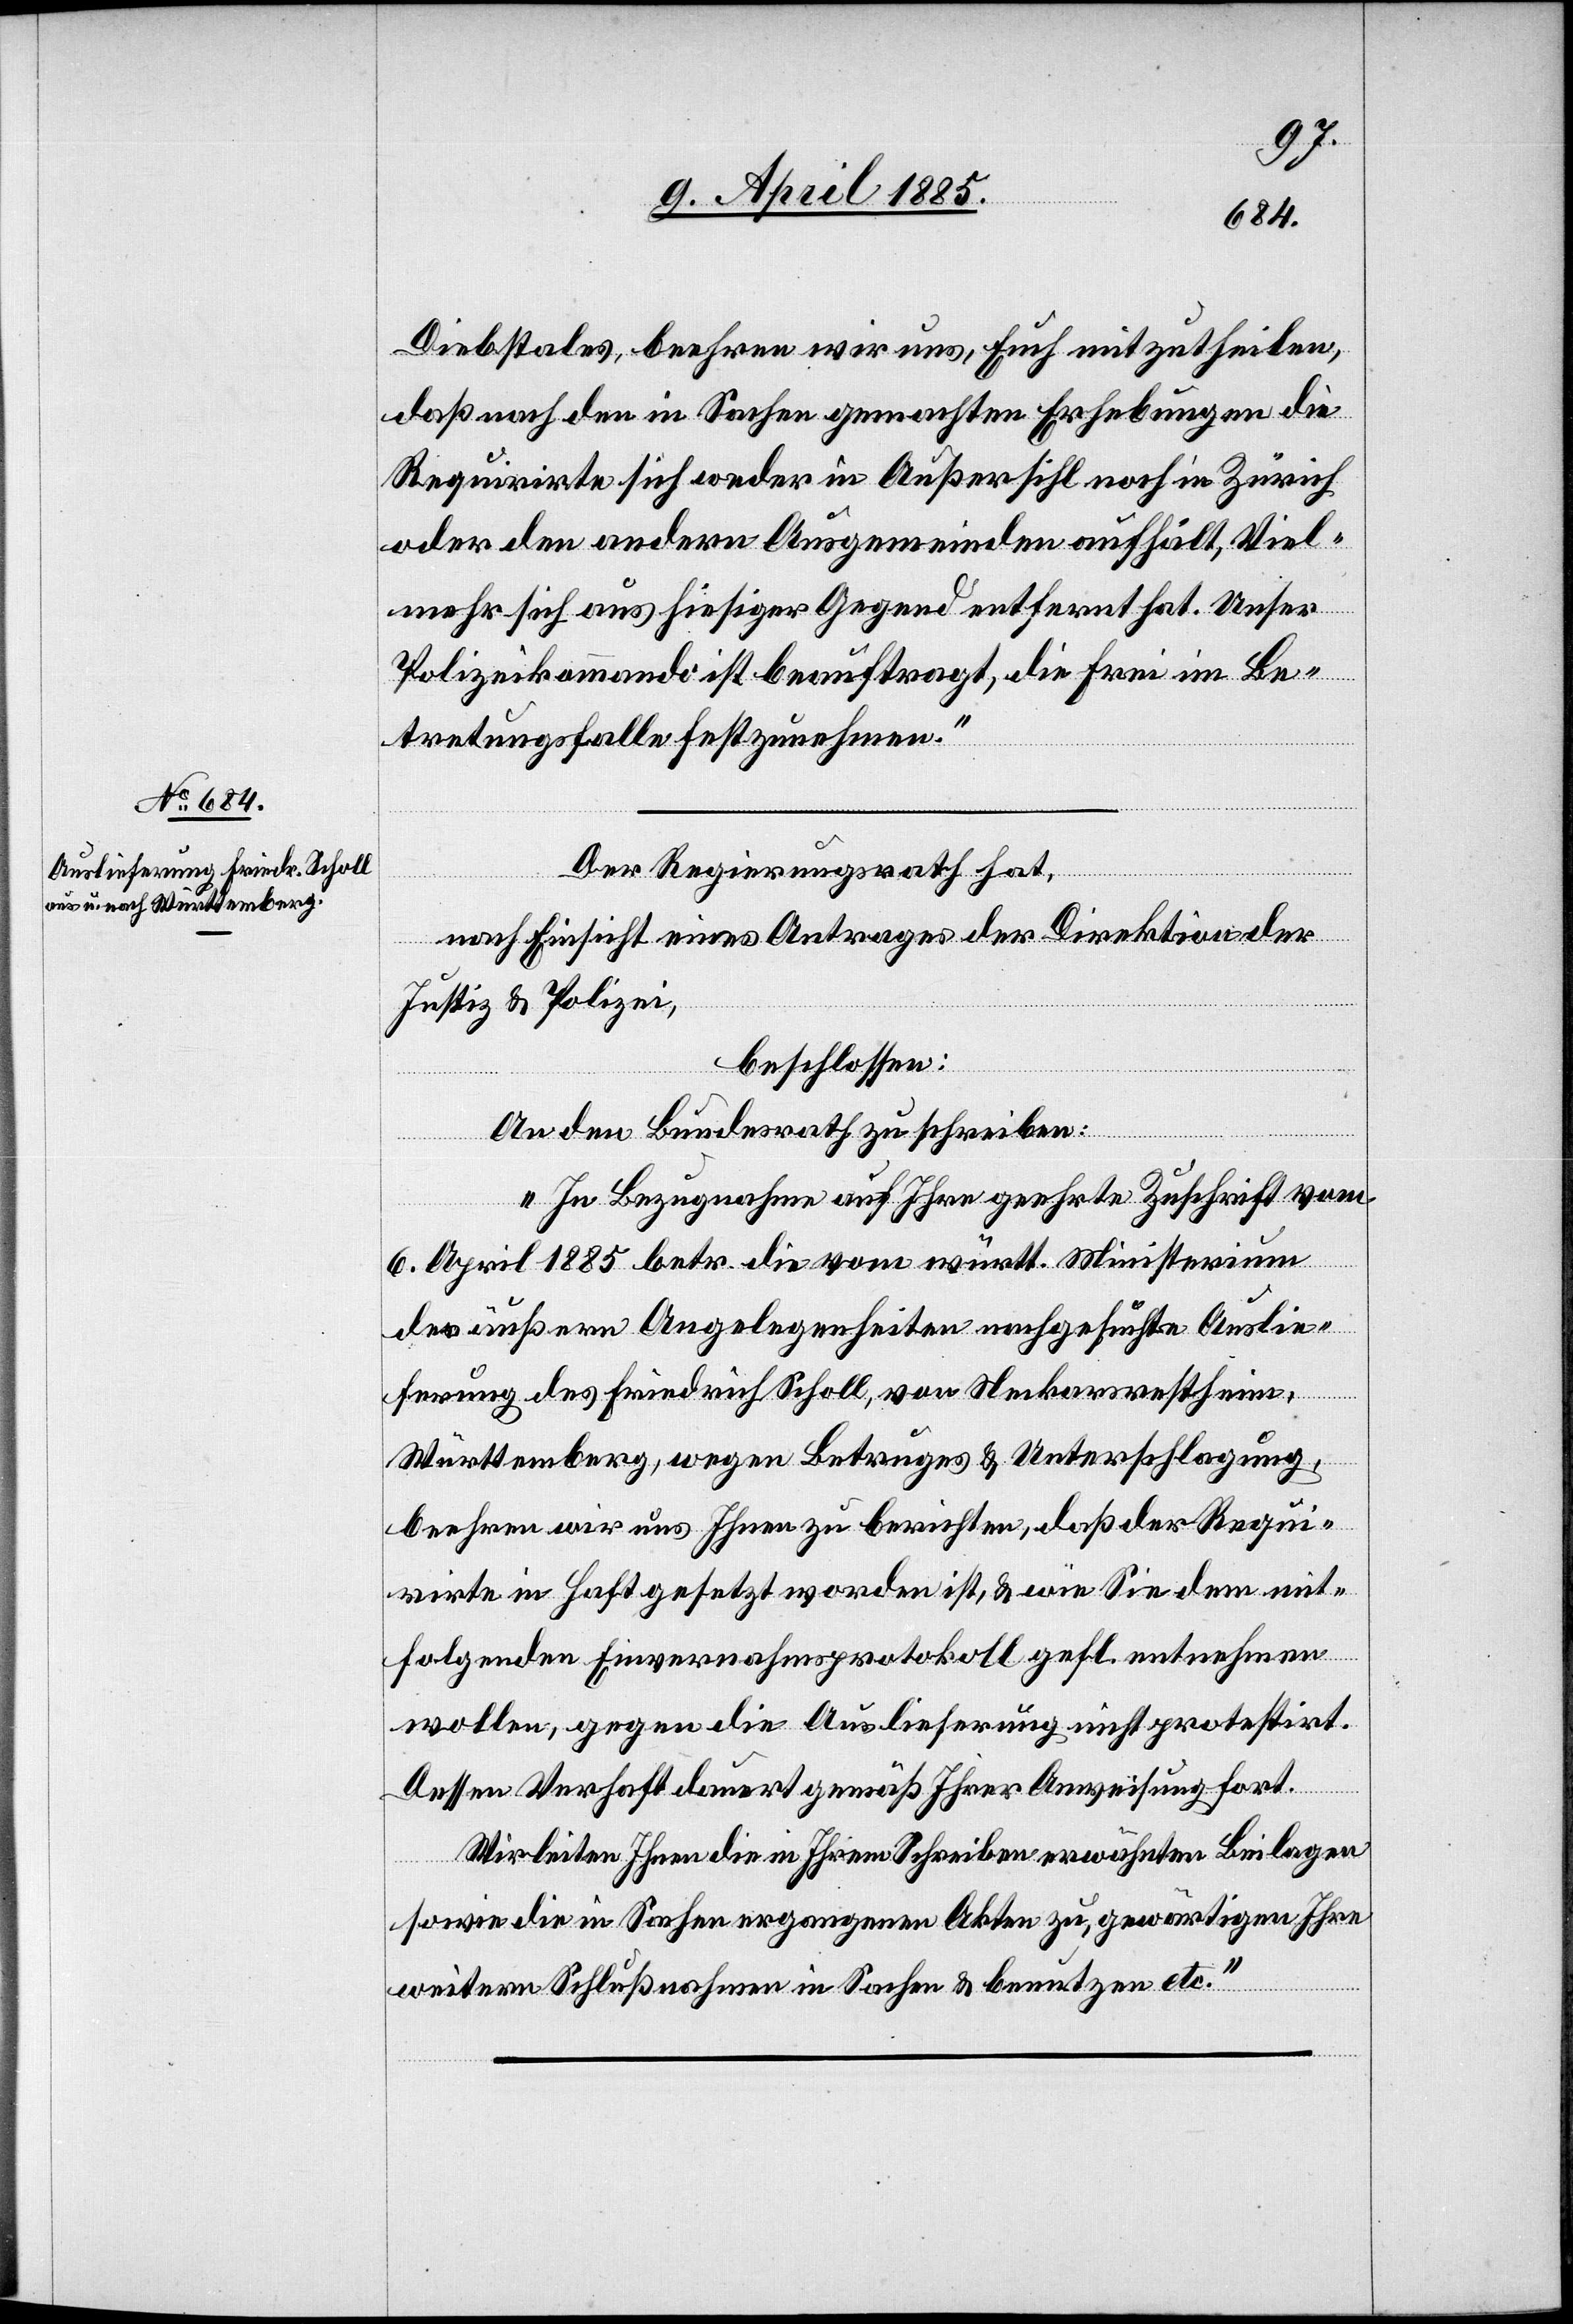
10. April 1885.]
Diebstales, beehren wir uns, Euch mitzutheilen,
daß nach den in Sachen gemachten Erhebungen die
Requirirte sich weder in Außersihl noch in Zürich
oder den andern Ausgemeinden aufhält, viel¬
mehr sich aus hiesiger Gegend entfernt hat. Unser
Polizeikommando ist beauftragt, die Frei im Be¬
tretungsfalle festzunehmen.“
Der Regierungsrath hat,
nach Einsicht eines Antrages der Direktion der
Justiz & Polizei,
beschlossen:
An den Bundesrath zu schreiben:
„ In Bezugnahme auf Ihre geehrte Zuschrift vom
theim],
6. April 1885 betr. die vom württ. Ministerium
der äußern Angelegenheiten nachgesuchte Auslie¬
ferung des Friedrich Scholl, von Neckarsrestheim
Württemberg, wegen Betruges & Unterschlagung,
beehren wir uns Ihnen zu berichten, daß der Requi¬
rirte in Haft gesetzt worden ist, & wie Sie dem mit¬
folgenden Einvernahmsprotokoll gefl. entnehmen
wollen, gegen die Auslieferung nicht protestirt.
Dessen Verhaft dauert gemäß Ihrer Anweisung fort.
Wir leiten Ihnen die in Ihrem Schreiben erwähnten Beilagen
sowie die in Sachen ergangenen Akten zu, gewärtigen Ihre
weitern Schlußnahmen in Sachen & benutzen etc.“